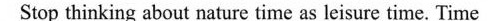
Stop thinking about nature time as leisure time. Time